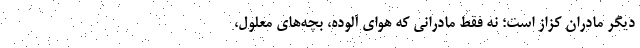
دیگر مادرانِ کزاز است؛ نه فقط مادرانی که هوای آلوده، بچه‌های معلول،